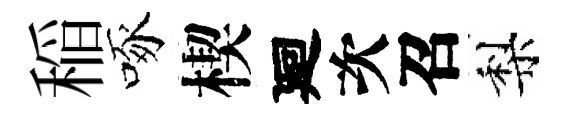
稲啄楔廻次召梨